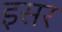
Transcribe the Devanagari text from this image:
इसर